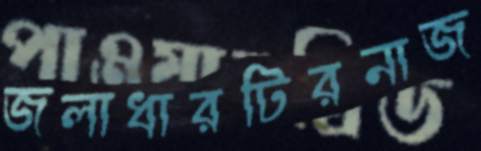
জলাধারটিরনাজ